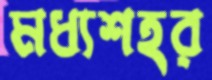
মধ্যশহর